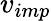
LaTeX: v_{imp}